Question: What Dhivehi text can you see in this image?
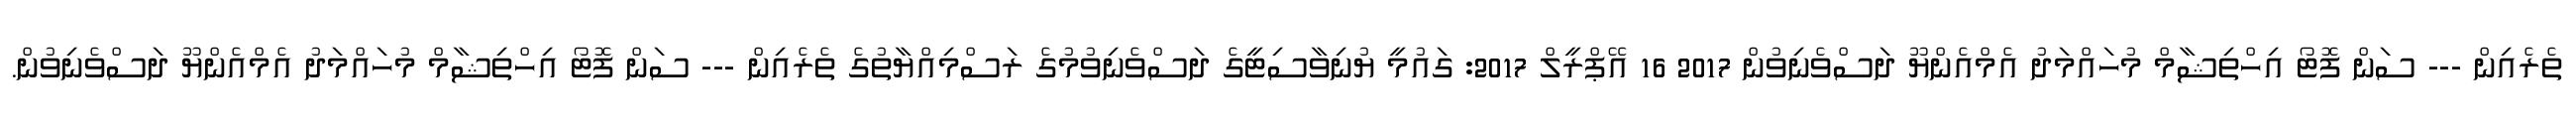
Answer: ތެރެއިން --- ސަން ފޮޓޯ އިހްތިޝާމް މުހައްމަދު އެމްއެންޔޫ ދަސްވެނިވުން 2017 16 އޭޕްރީލް 2017: ގައުމީ ޔުނިވާސިޓީގެ ދަސްވެނިވުމުގެ ރަސްމިއްޔާތުގެ ތެރެއިން --- ސަން ފޮޓޯ އިހްތިޝާމް މުހައްމަދު އެމްއެންޔޫ ދަސްވެނިވުން.